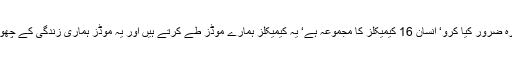
فرمایا فیصلے سے قبل مشورہ ضرور کیا کرو‘ انسان 16 کیمیکلز کا مجموعہ ہے‘ یہ کیمیکلز ہمارے موڈز طے کرتے ہیں اور یہ موڈز ہماری زندگی کے چھوٹے بڑے فیصلے کرتے ہیں۔